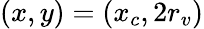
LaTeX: (x,y)=(x_{c},2r_{v})